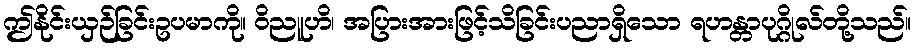
ဤနိုင်းယှဉ်ခြင်းဥပမာကို။ ဝိညူဟိ၊ အပြားအားဖြင့်သိခြင်းပညာရှိသော ရဟန္တာပုဂ္ဂိုလ်တို့သည်။